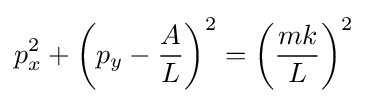
p_{x}^{2}+\left(p_{y}-{\frac {A}{L}}\right)^{2}=\left({\frac {mk}{L}}\right)^{2}